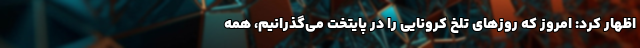
اظهار کرد: امروز که روزهای تلخ کرونایی را در پایتخت می‌گذرانیم، همه